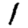
Digit: 1